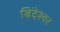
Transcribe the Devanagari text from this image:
बिंदेश्‍वर